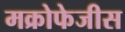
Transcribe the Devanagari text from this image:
मक्रोफेजीस